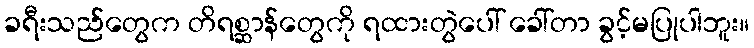
ခရီးသည်တွေက တိရစ္ဆာန်တွေကို ရထားတွဲပေါ် ခေါ်တာ ခွင့်မပြုပါဘူး။